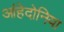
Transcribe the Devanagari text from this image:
आंहेदोनिया